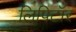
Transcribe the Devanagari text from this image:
लिपिटॉर